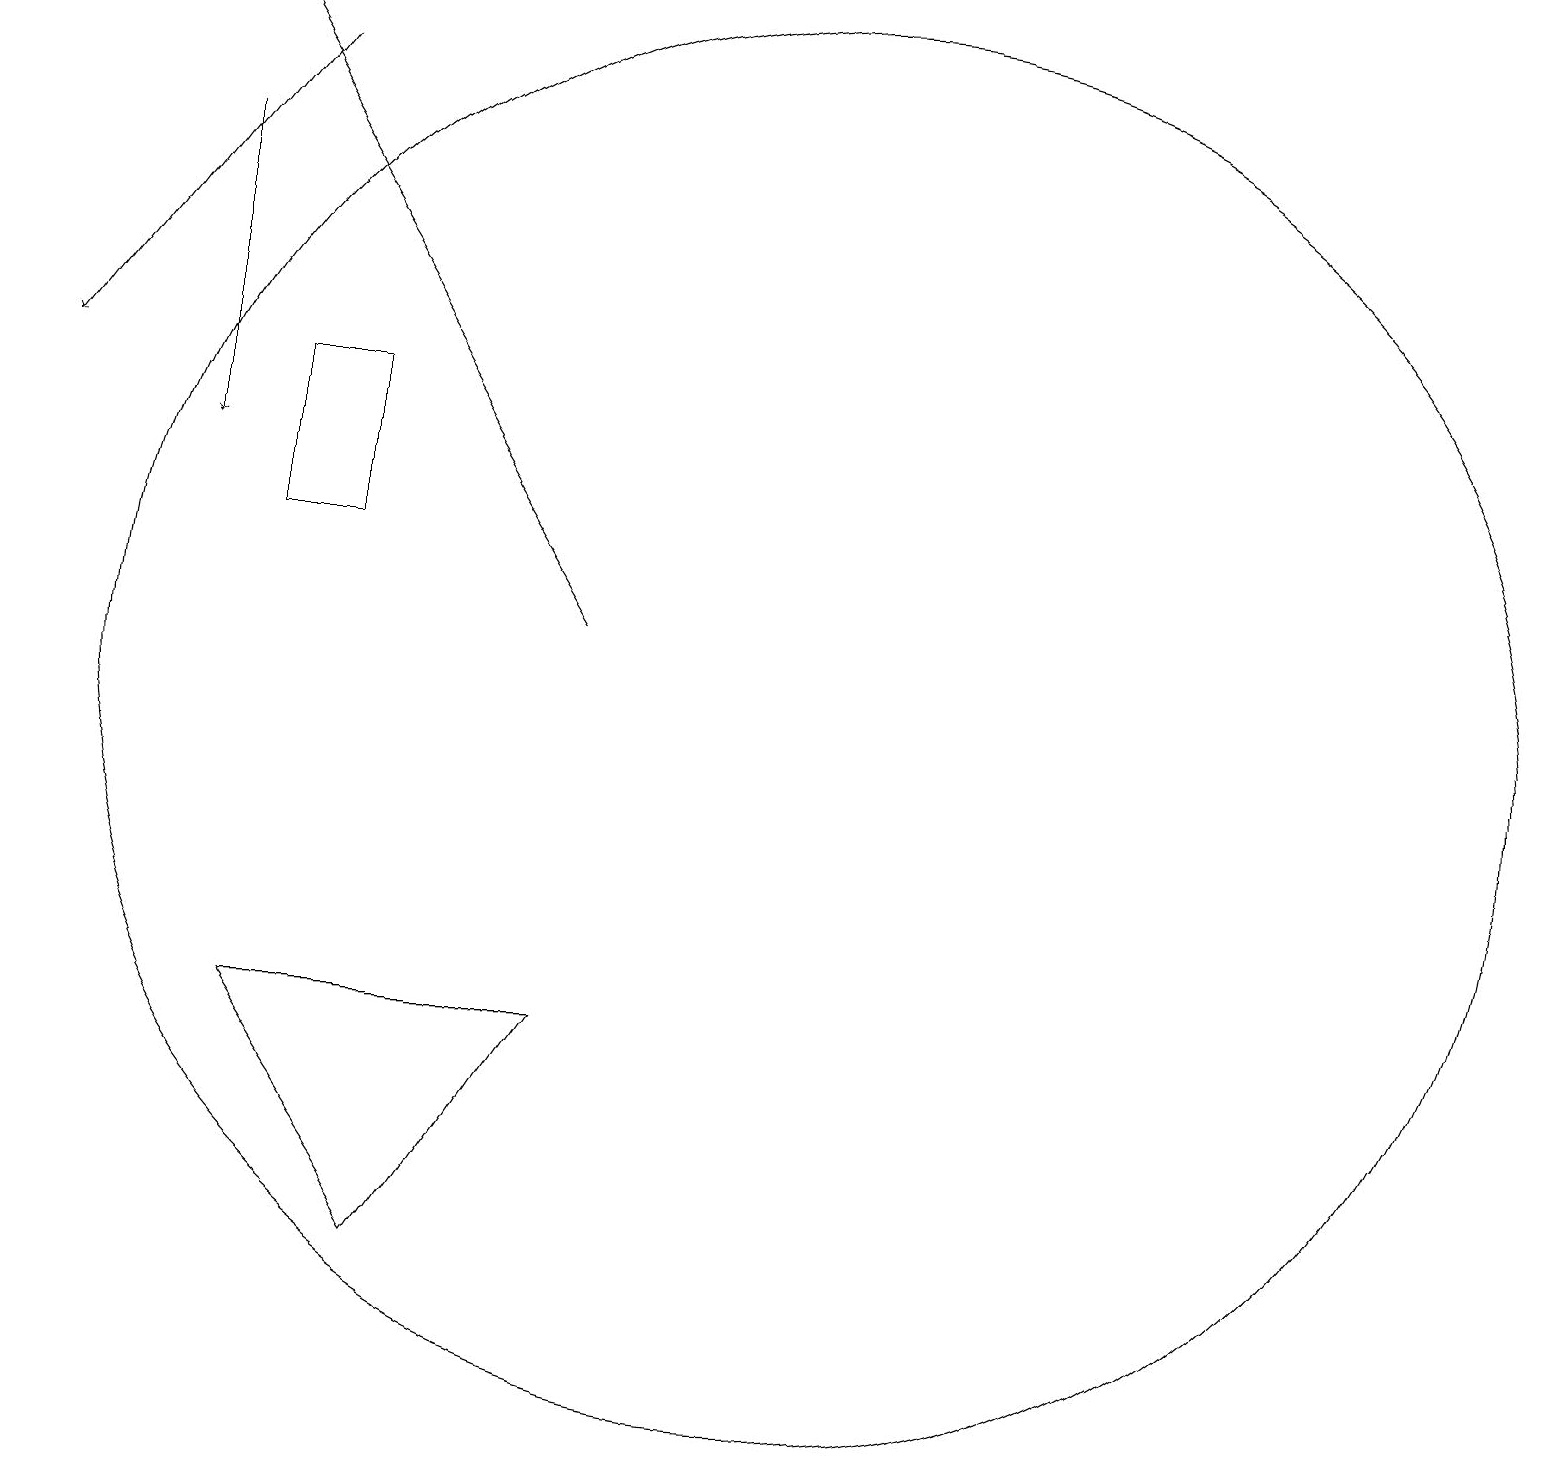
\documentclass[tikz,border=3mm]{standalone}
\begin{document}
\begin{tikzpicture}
\draw (8,6) -- (6,3) -- (4,6) -- cycle;
\draw (4,14) rectangle (5,12);
\draw[->] (3,17) -- (3,13);
\draw[->] (4,18) -- (1,14);
\draw[->] (8,11) -- (3,19);
\draw (11,10) circle (9);
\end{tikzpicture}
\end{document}